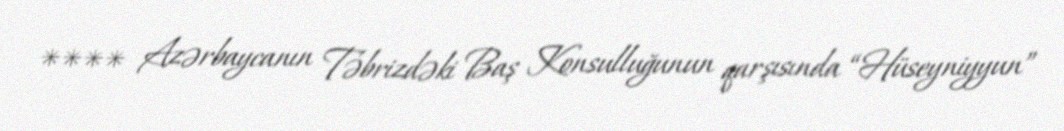
**** Azərbaycanın Təbrizdəki Baş Konsulluğunun qarşısında “Hüseyniyyun”